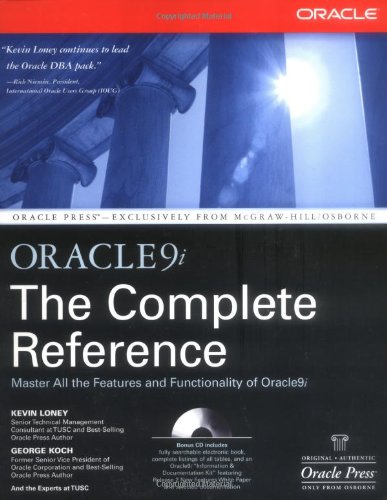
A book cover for Oracle9i: The Complete Reference; Kevin Loney; Computers & Technology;